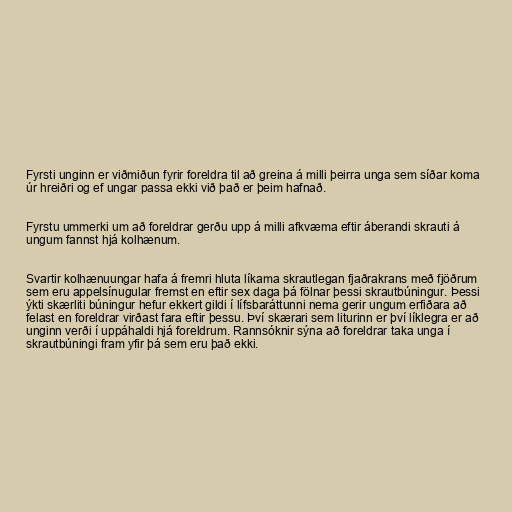
Fyrsti unginn er viðmiðun fyrir foreldra til að greina á milli þeirra unga sem síðar koma
úr hreiðri og ef ungar passa ekki við það er þeim hafnað.

Fyrstu ummerki um að foreldrar gerðu upp á milli afkvæma eftir áberandi skrauti á
ungum fannst hjá kolhænum.

Svartir kolhænuungar hafa á fremri hluta líkama skrautlegan fjaðrakrans með fjöðrum
sem eru appelsínugular fremst en eftir sex daga þá fölnar þessi skrautbúningur. Þessi
ýkti skærliti búningur hefur ekkert gildi í lífsbaráttunni nema gerir ungum erfiðara að
felast en foreldrar virðast fara eftir þessu. Því skærari sem liturinn er því líklegra er að
unginn verði í uppáhaldi hjá foreldrum. Rannsóknir sýna að foreldrar taka unga í
skrautbúningi fram yfir þá sem eru það ekki.